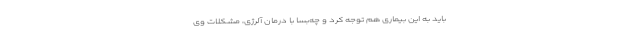
باید به این بیماری هم توجه کرد و چه‌بسا با درمان آلرژی، مشکلات وی